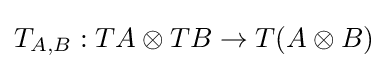
T_{A,B}:TA\otimes TB\to T(A\otimes B)